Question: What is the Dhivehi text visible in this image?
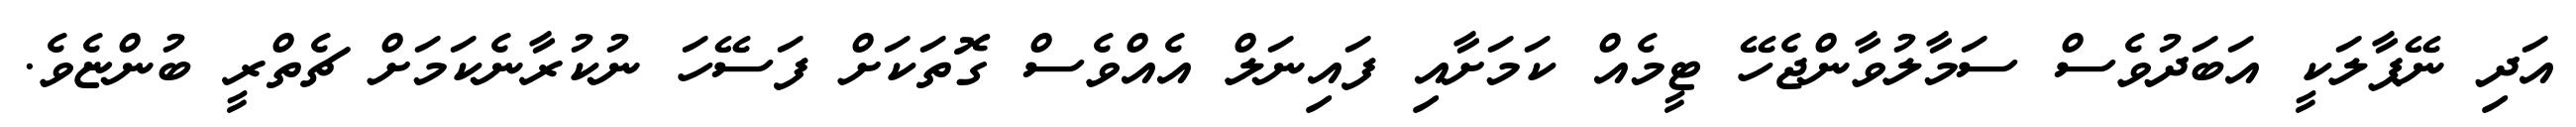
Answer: އަދި ނޭޕާލަކީ އަބަދުވެސް ސަމާލުވާންޖެހޭ ޓީމެއް ކަމަށާއި ފައިނަލް އެއްވެސް ގޮތަކަށް ފަސޭހަ ނުކުރާނެކަމަށް ޗެތްރީ ބުންޏެވެ.